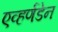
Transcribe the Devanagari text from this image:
एव्हर्णडेन